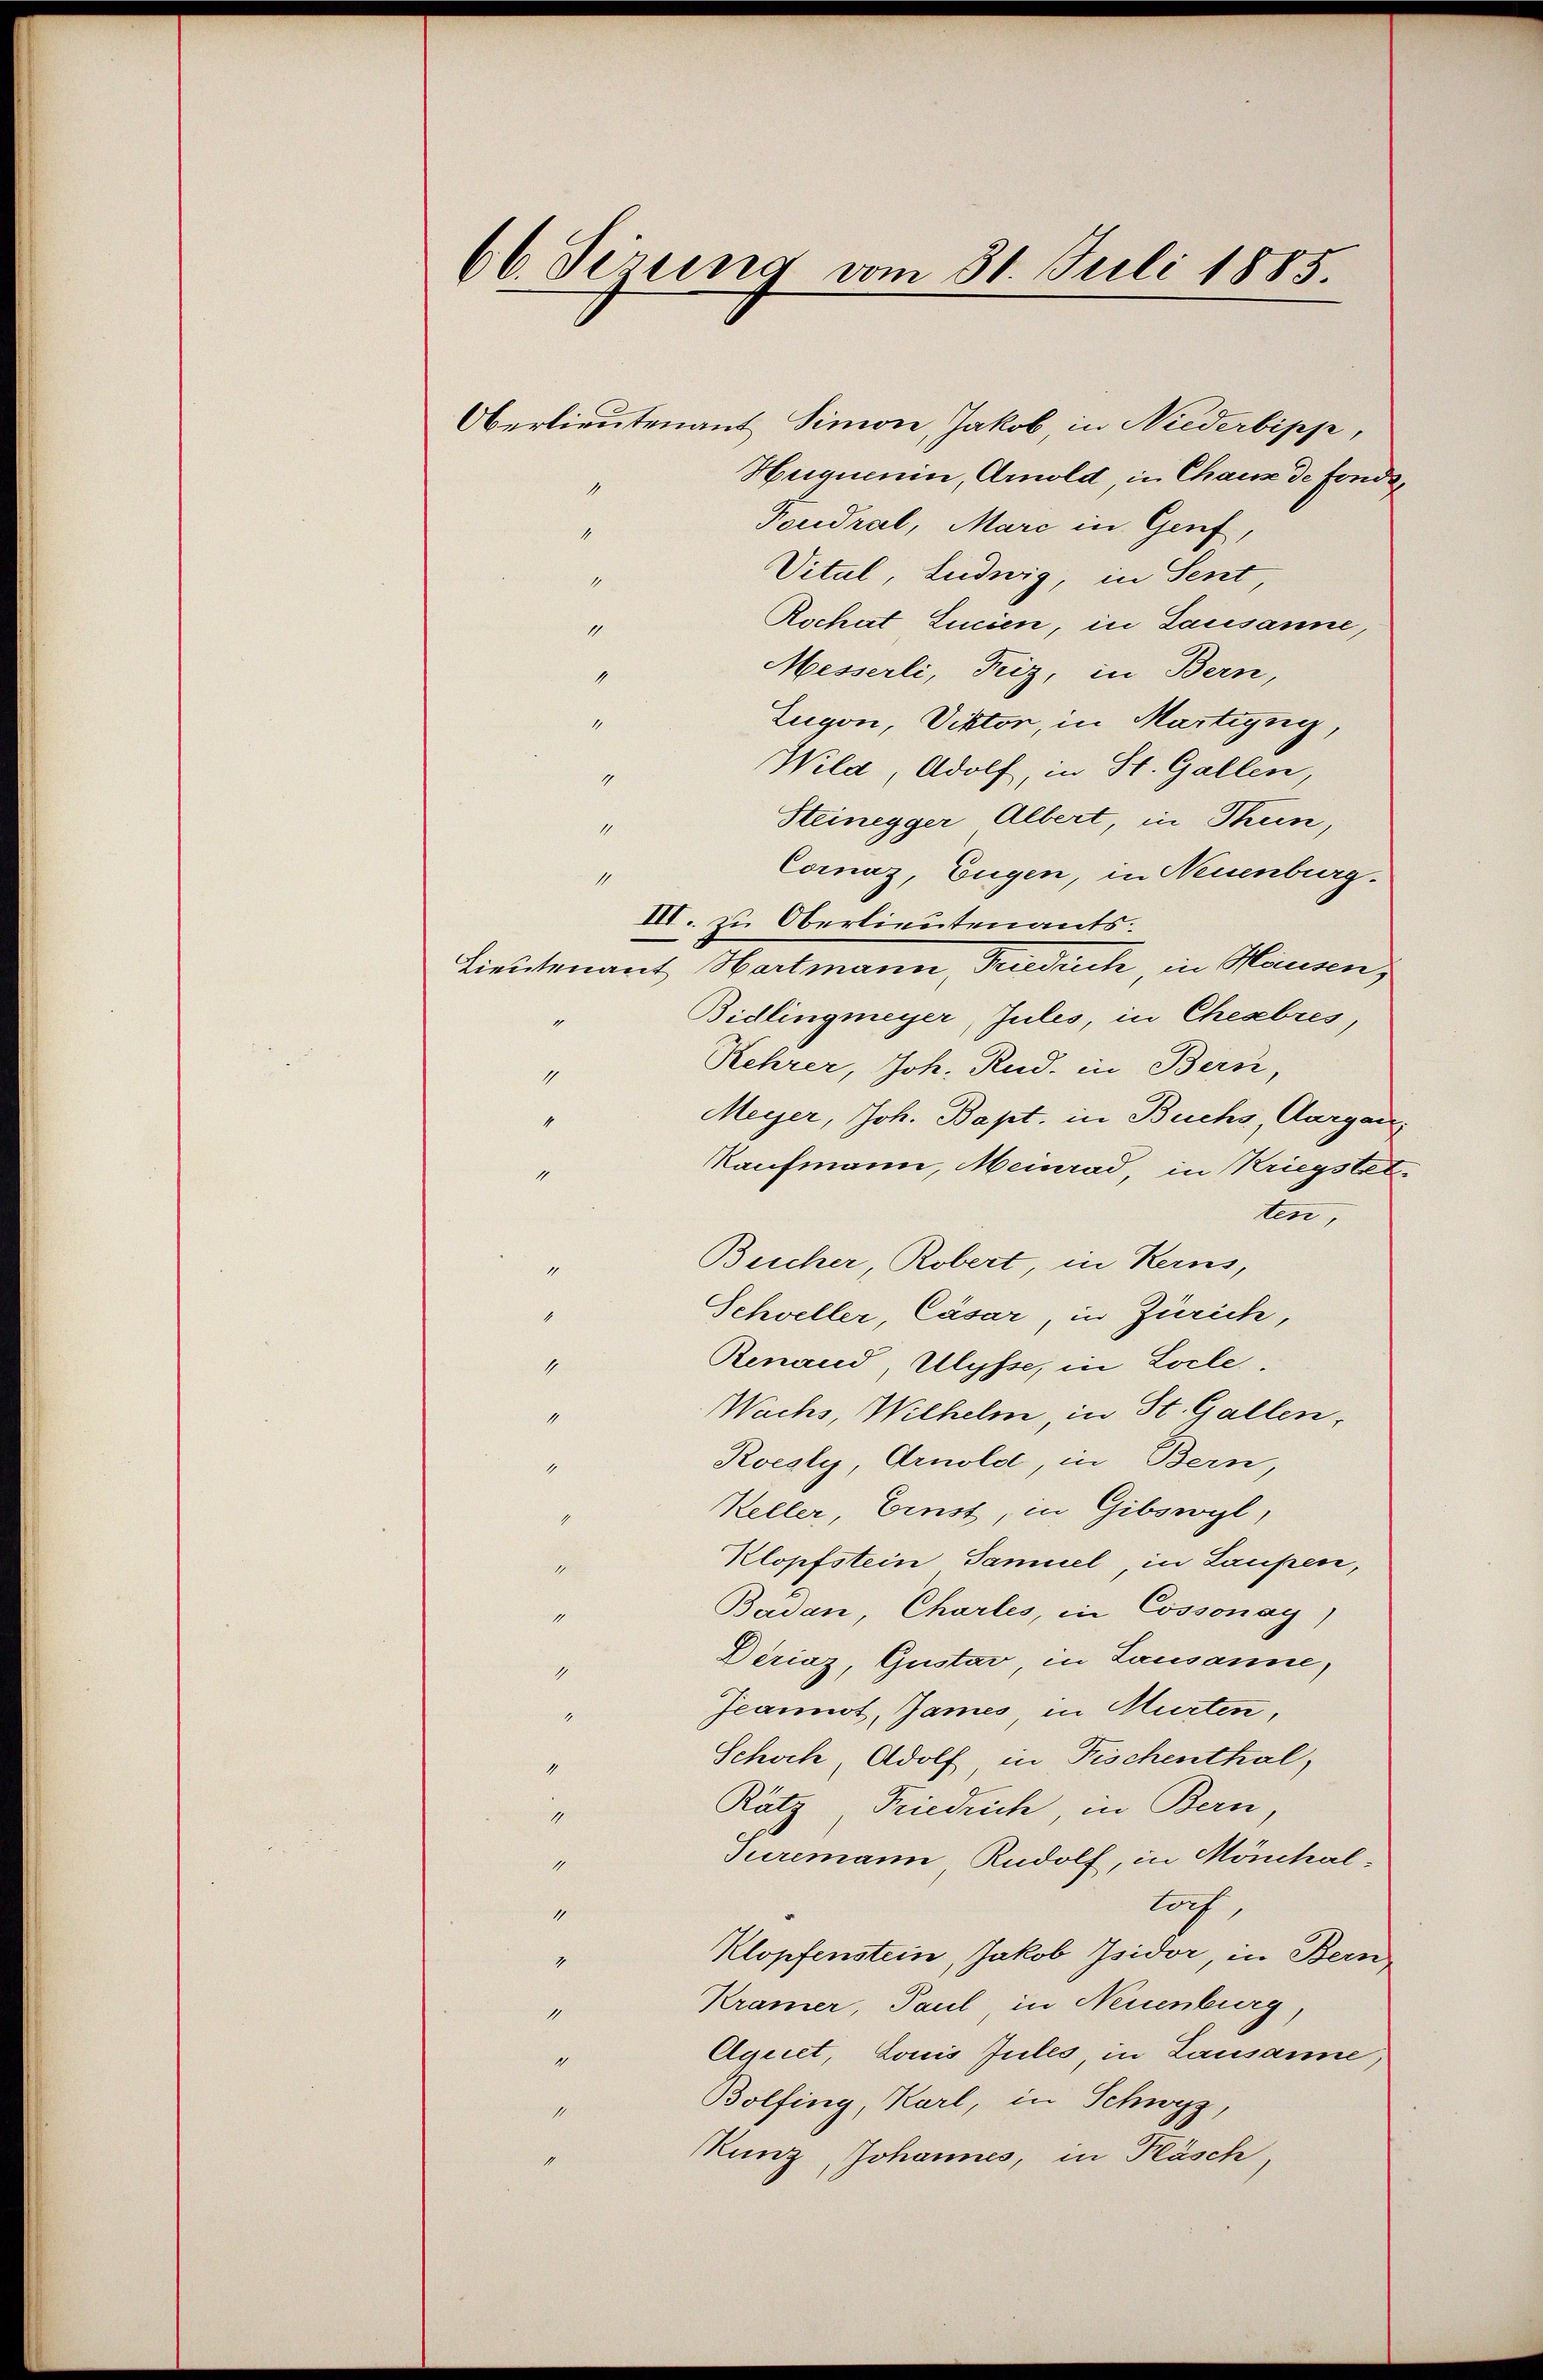
66. Derung vom 31. Juli 1885.

Oberlieutenant Simon, Jakob, in Niederbipp,
Heignerin, Arnold in Chaus de fonds,
1
Foudral, Marc in Genf,
1
Vital, Ludwig, in Sent
1
Rochat Linien, in Lausanne,
II.
Messerli, Friz, in Bern,
1
Zugon, Viktor, in Martigny,
4
Wila, Adolf, in St. Gallen,
4
Steinegger Albert, in Thun,
4
Cornaz, Eugen, in Neuenburg.
4
III. zu Oberlieutenants.
Lieutenant Hartmann, Friedrich in Hausen,
Bidlingmeyer, Jules, in Chesebres,
Kehrer, Joh. Rud. in Bern,
1
Meyer, Joh. Bapt. in Buchs Aargau,
Kaufmann, Meinrad, in Kriegstet.
11
ten,
Bucher, Robert, in Kerns,
Schweller, Cäsar, in Zürich,
1
Renaud Ulysse, in Locle,
1
Wachs, Wilhelm in St. Gallen,
1
Koesly, Arnold, in Bern,
1
Keller, Einst, in Gibswyl,
Klopfstein Samuel in Laupen,
Badan, Charles, in Cossonay
Dériaz, Gustav, in Lausanne,
Jeannot, James, in Murten,
Schoch, Adolf, in Fischenthal,
Rätz Friedrich in Bern
1
Turemann Rudolf, in Mönchal¬
1
loch,
1
Klopfenstein, Jakob Isidor, in Bern,
4
Kramer, Paul in Neuenburg,
1
Aquiet, Louis Jules in Lausanne,
4
Bolfing, Karl, in Schwyz,
11
Kunz Johannes, in Fläsch